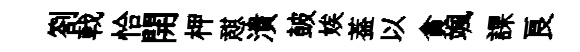
劄戟恰開柙憇潰皷娭葢以貪颯課良